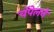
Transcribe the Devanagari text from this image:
चॅपेलने